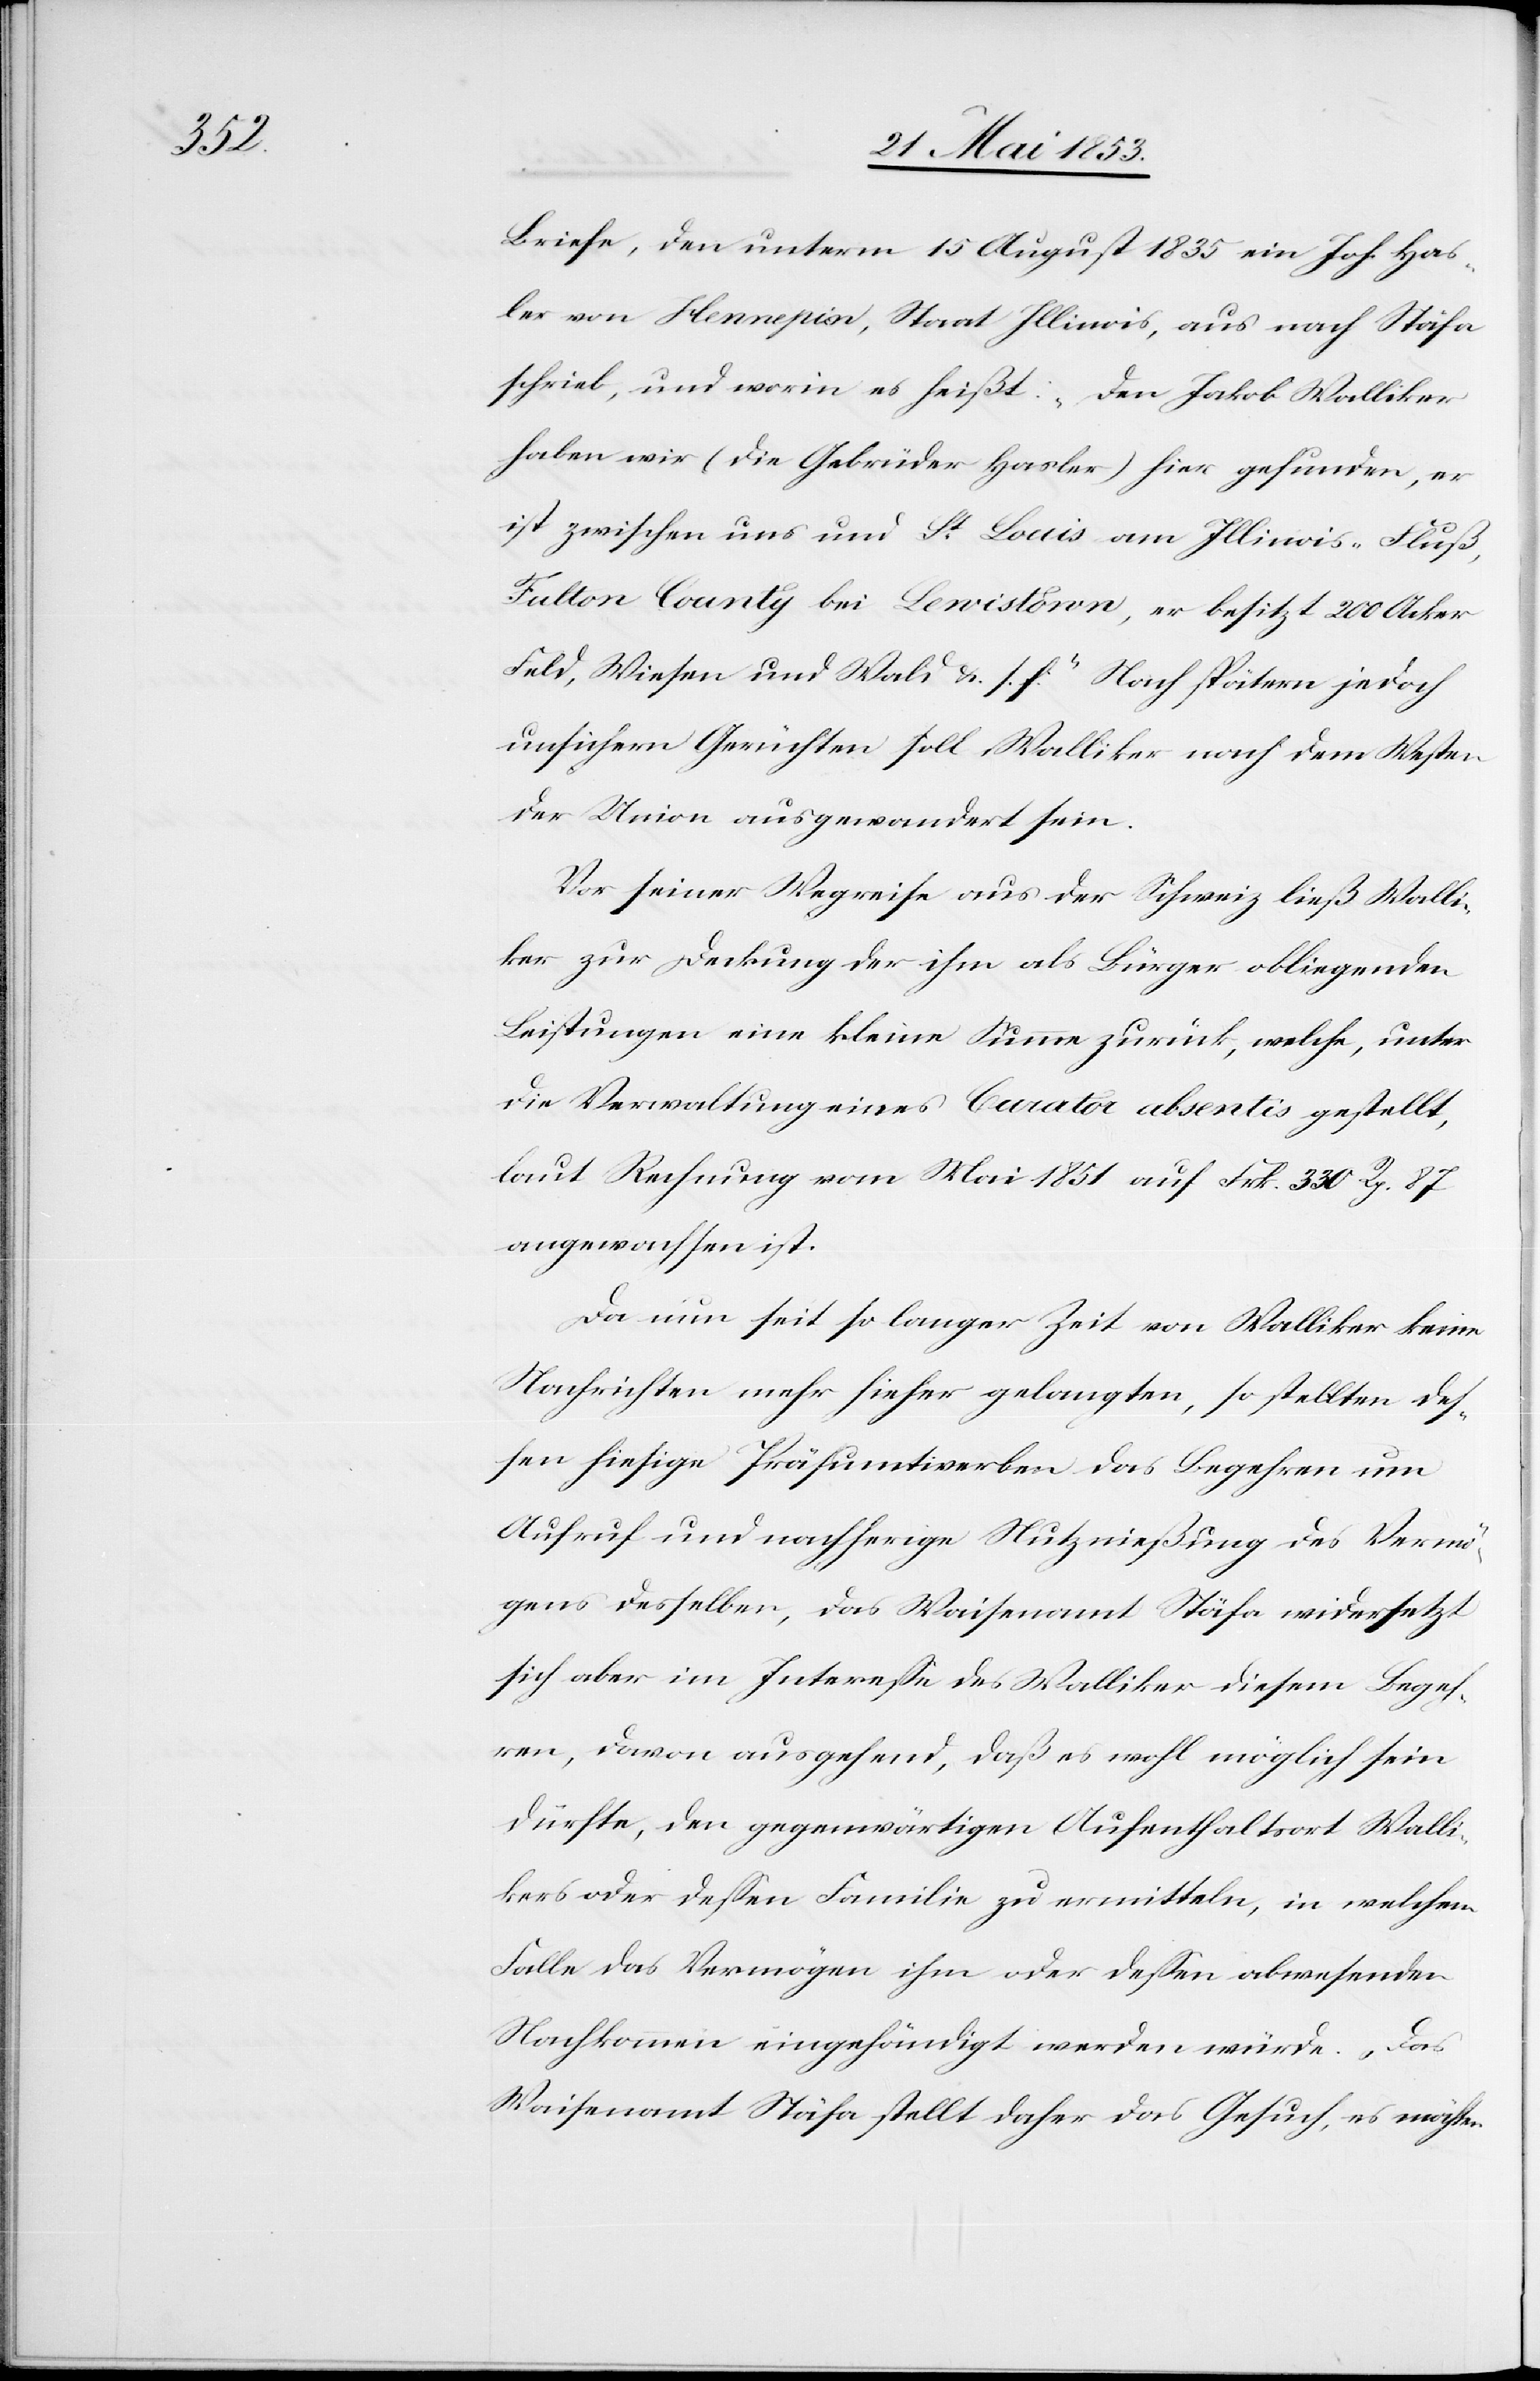
Briefe, den unterm 15 August 1835 ein Joh. Has¬
ler von Hennepin, Staat Illinois, aus nach Stäfa
schrieb, und worin es heißt: „Den Jakob Walliker
haben wir (die Gebrüder Hasler) hier gefunden, er
ist zwischen uns und St. Louis am Illinois-Fluß,
Falton County bei Lewistown, er besitzt 200 Acker
Feld, Wiesen und Wald u. s. f.“ Nach spätern jedoch
unsichern Gerüchten soll Walliker nach dem Westen
der Union ausgewandert sein.
Vor seiner Wegreise aus der Schweiz ließ Walli¬
ker zur Deckung der ihm als Bürger obliegenden
Leistungen eine kleine Summe zurück, welche, unter
die Verwaltung eines Curator absentis gestellt,
laut Rechnung vom Mai 1851 auf Frk. 330 Rp. 87,
angewachsen ist.
Da nun seit so langer Zeit von Walliker keine
Nachrichten mehr hieher gelangten, so stellten des¬
sen hiesige Präsumtiverben das Begehren um
Aufruf und nachherige Nutznießung des Vermö¬
gens desselben, das Waisenamt Stäfa widersetzt
sich aber im Intereße des Walliker diesem Begeh¬
ren, davon ausgehend, daß es wohl möglich sein
dürfte, den gegenwärtigen Aufenthaltsort Walli¬
kers oder deßen Familie zu ermitteln, in welchem
Falle des Vermögen ihm oder deßen abwesenden
Nachkommen eingehändigt werden würde. Das
Waisenamt Stäfa stellt daher das Gesuch, es möchten